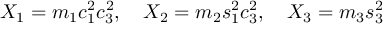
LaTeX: X _ { 1 } = m _ { 1 } c _ { 1 } ^ { 2 } c _ { 3 } ^ { 2 } , \quad X _ { 2 } = m _ { 2 } s _ { 1 } ^ { 2 } c _ { 3 } ^ { 2 } , \quad X _ { 3 } = m _ { 3 } s _ { 3 } ^ { 2 }